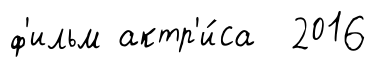
ф'ильм актр'и́са 2016